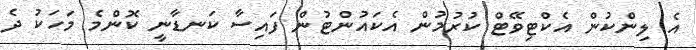
އެ ލިންކުން އެކްޓިވޭޓް ކުރުމުން އެކައުންޓުން ފައިސާ ކަނޑާނީ ކޮންމެ މަހަކު ދެ